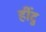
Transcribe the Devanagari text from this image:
हींदु